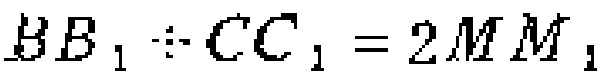
$BB_{1}+CC_{1}=2MM_{1}$